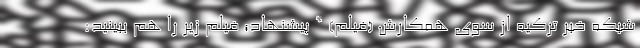
شبکه خبر ترکیه از سوی همکارش (فیلم) * پیشنهاد؛ فیلم‌ زیر را هم ببینید: